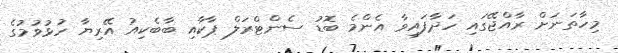
މިހާތަނަށް ރާއްޖޭގައި ހަދާފައިވާ އެންމެ ބޮޑު ސެންޓްރަލް ޕާކާއި ބާބެކިއު އޭރިޔާ ހުޅުވުމުގެ